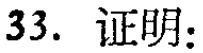
33. 证明：